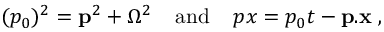
( p _ { 0 } ) ^ { 2 } = { \bf p } ^ { 2 } + \Omega ^ { 2 } \; \; \; \; \mathrm { a n d } \; \; \; \; p x = p _ { 0 } t - { \bf p } . { \bf x } \; ,